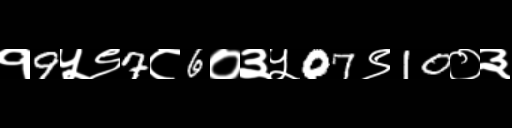
Text: १9५९7८6०३५07९10०३